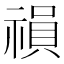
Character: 𥛍